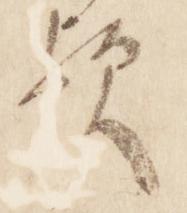
歟